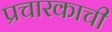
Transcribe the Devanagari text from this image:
प्रचारकाची